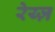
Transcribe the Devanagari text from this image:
रेय्ज़